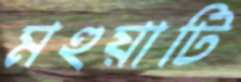
মহুয়াটি